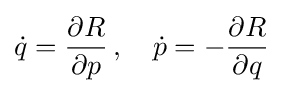
{\dot {q}}={\frac {\partial R}{\partial p}}\,,\quad {\dot {p}}=-{\frac {\partial R}{\partial q}}